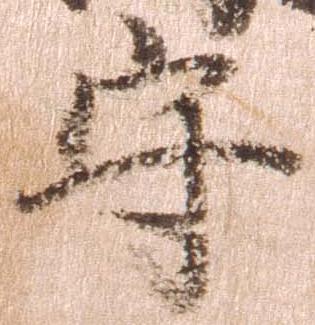
守